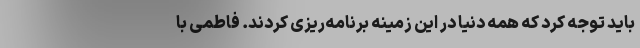
باید توجه کرد که همه دنیا در این زمینه برنامه‌ریزی کردند. فاطمی با